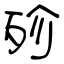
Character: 殄